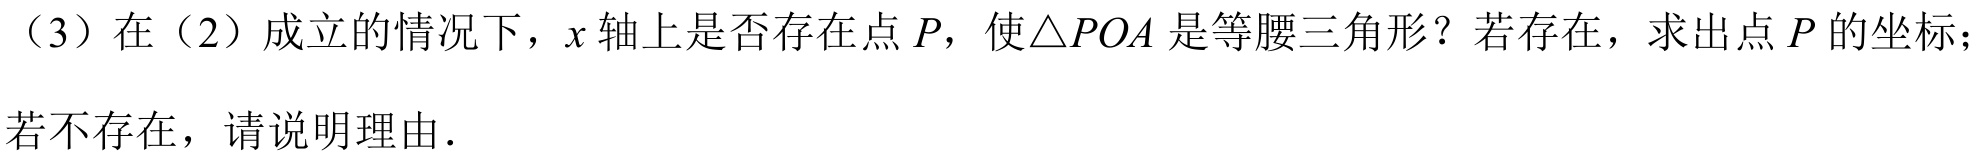
（3）在（2）成立的情况下，\(x\)轴上是否存在点\(P\)，使\(\triangle POA\)是等腰三角形？若存在，求出点\(P\)的坐标；若不存在，请说明理由.